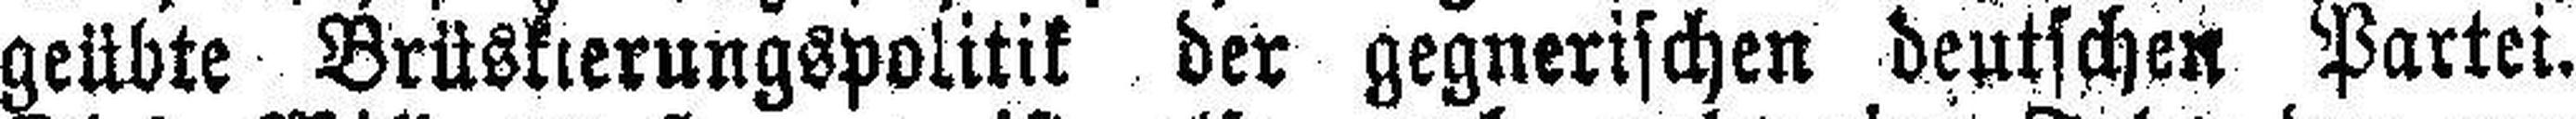
geübte Brüskierungspolitik der gegnerischen deutschen Partei.